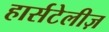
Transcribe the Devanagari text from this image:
हार्सटेलीज़